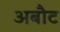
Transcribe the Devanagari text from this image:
अबौट